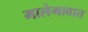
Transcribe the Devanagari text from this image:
मालेगावात